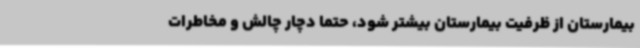
بیمارستان از ظرفیت بیمارستان بیشتر شود، حتماً دچار چالش و مخاطرات